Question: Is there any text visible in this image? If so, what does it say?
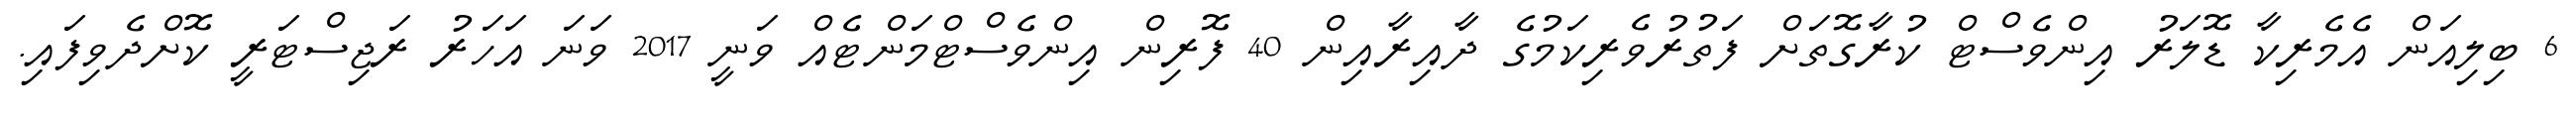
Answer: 6 ބިލިއަން އެމެރިކާ ޑޮލަރު އިންވެސްޓް ކުރާގޮތަށް ފަތުރުވެރިކަމުގެ ދާއިރާއިން 40 ފޮރިން އިންވެސްޓްމަންޓެއް ވަނީ 2017 ވަނަ އަހަރު ރަޖިސްޓަރީ ކޮށްދެވިފައި.